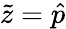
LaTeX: \tilde{z}=\hat{p}